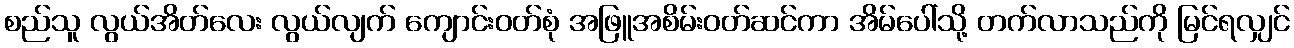
စည်သူ လွယ်အိတ်လေး လွယ်လျက် ကျောင်းဝတ်စုံ အဖြူအစိမ်းဝတ်ဆင်ကာ အိမ်ပေါ်သို့ တက်လာသည်ကို မြင်ရလျှင်